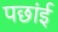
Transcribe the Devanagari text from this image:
पछांई